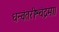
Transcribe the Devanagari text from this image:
धन्वंतरीश्चंद्रमा।